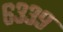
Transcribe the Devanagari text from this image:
६३३९